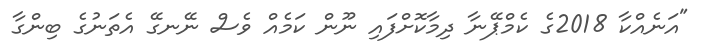
"އަނެއްކާ 2018ގެ ކެމްޕޭނާ ދިމާކޮށްފައި ނޫން ކަމެއް ވެސް ނޭނގޭ އެތަނުގެ ބިންގާ